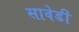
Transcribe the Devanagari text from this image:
सावेडी